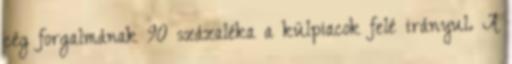
cég forgalmának 90 százaléka a külpiacok felé irányul. A